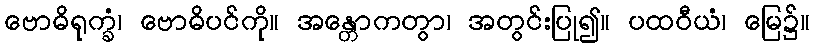
ဗောဓိရုက္ခံ၊ ဗောဓိပင်ကို။ အန္တောကတွာ၊ အတွင်းပြု၍။ ပထဝီယံ၊ မြေ၌။